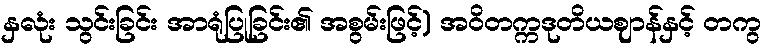
နှလုံး သွင်းခြင်း အာရုံပြုခြင်း၏ အစွမ်းဖြင့်) အဝိတက္ကဒုတိယဈာန်နှင့် တကွ